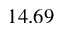
1 4 . 6 9